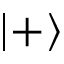
\left| + \right\rangle